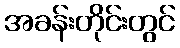
အခန်းတိုင်းတွင်